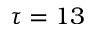
\tau = 1 3